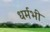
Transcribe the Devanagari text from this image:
धर्मभी